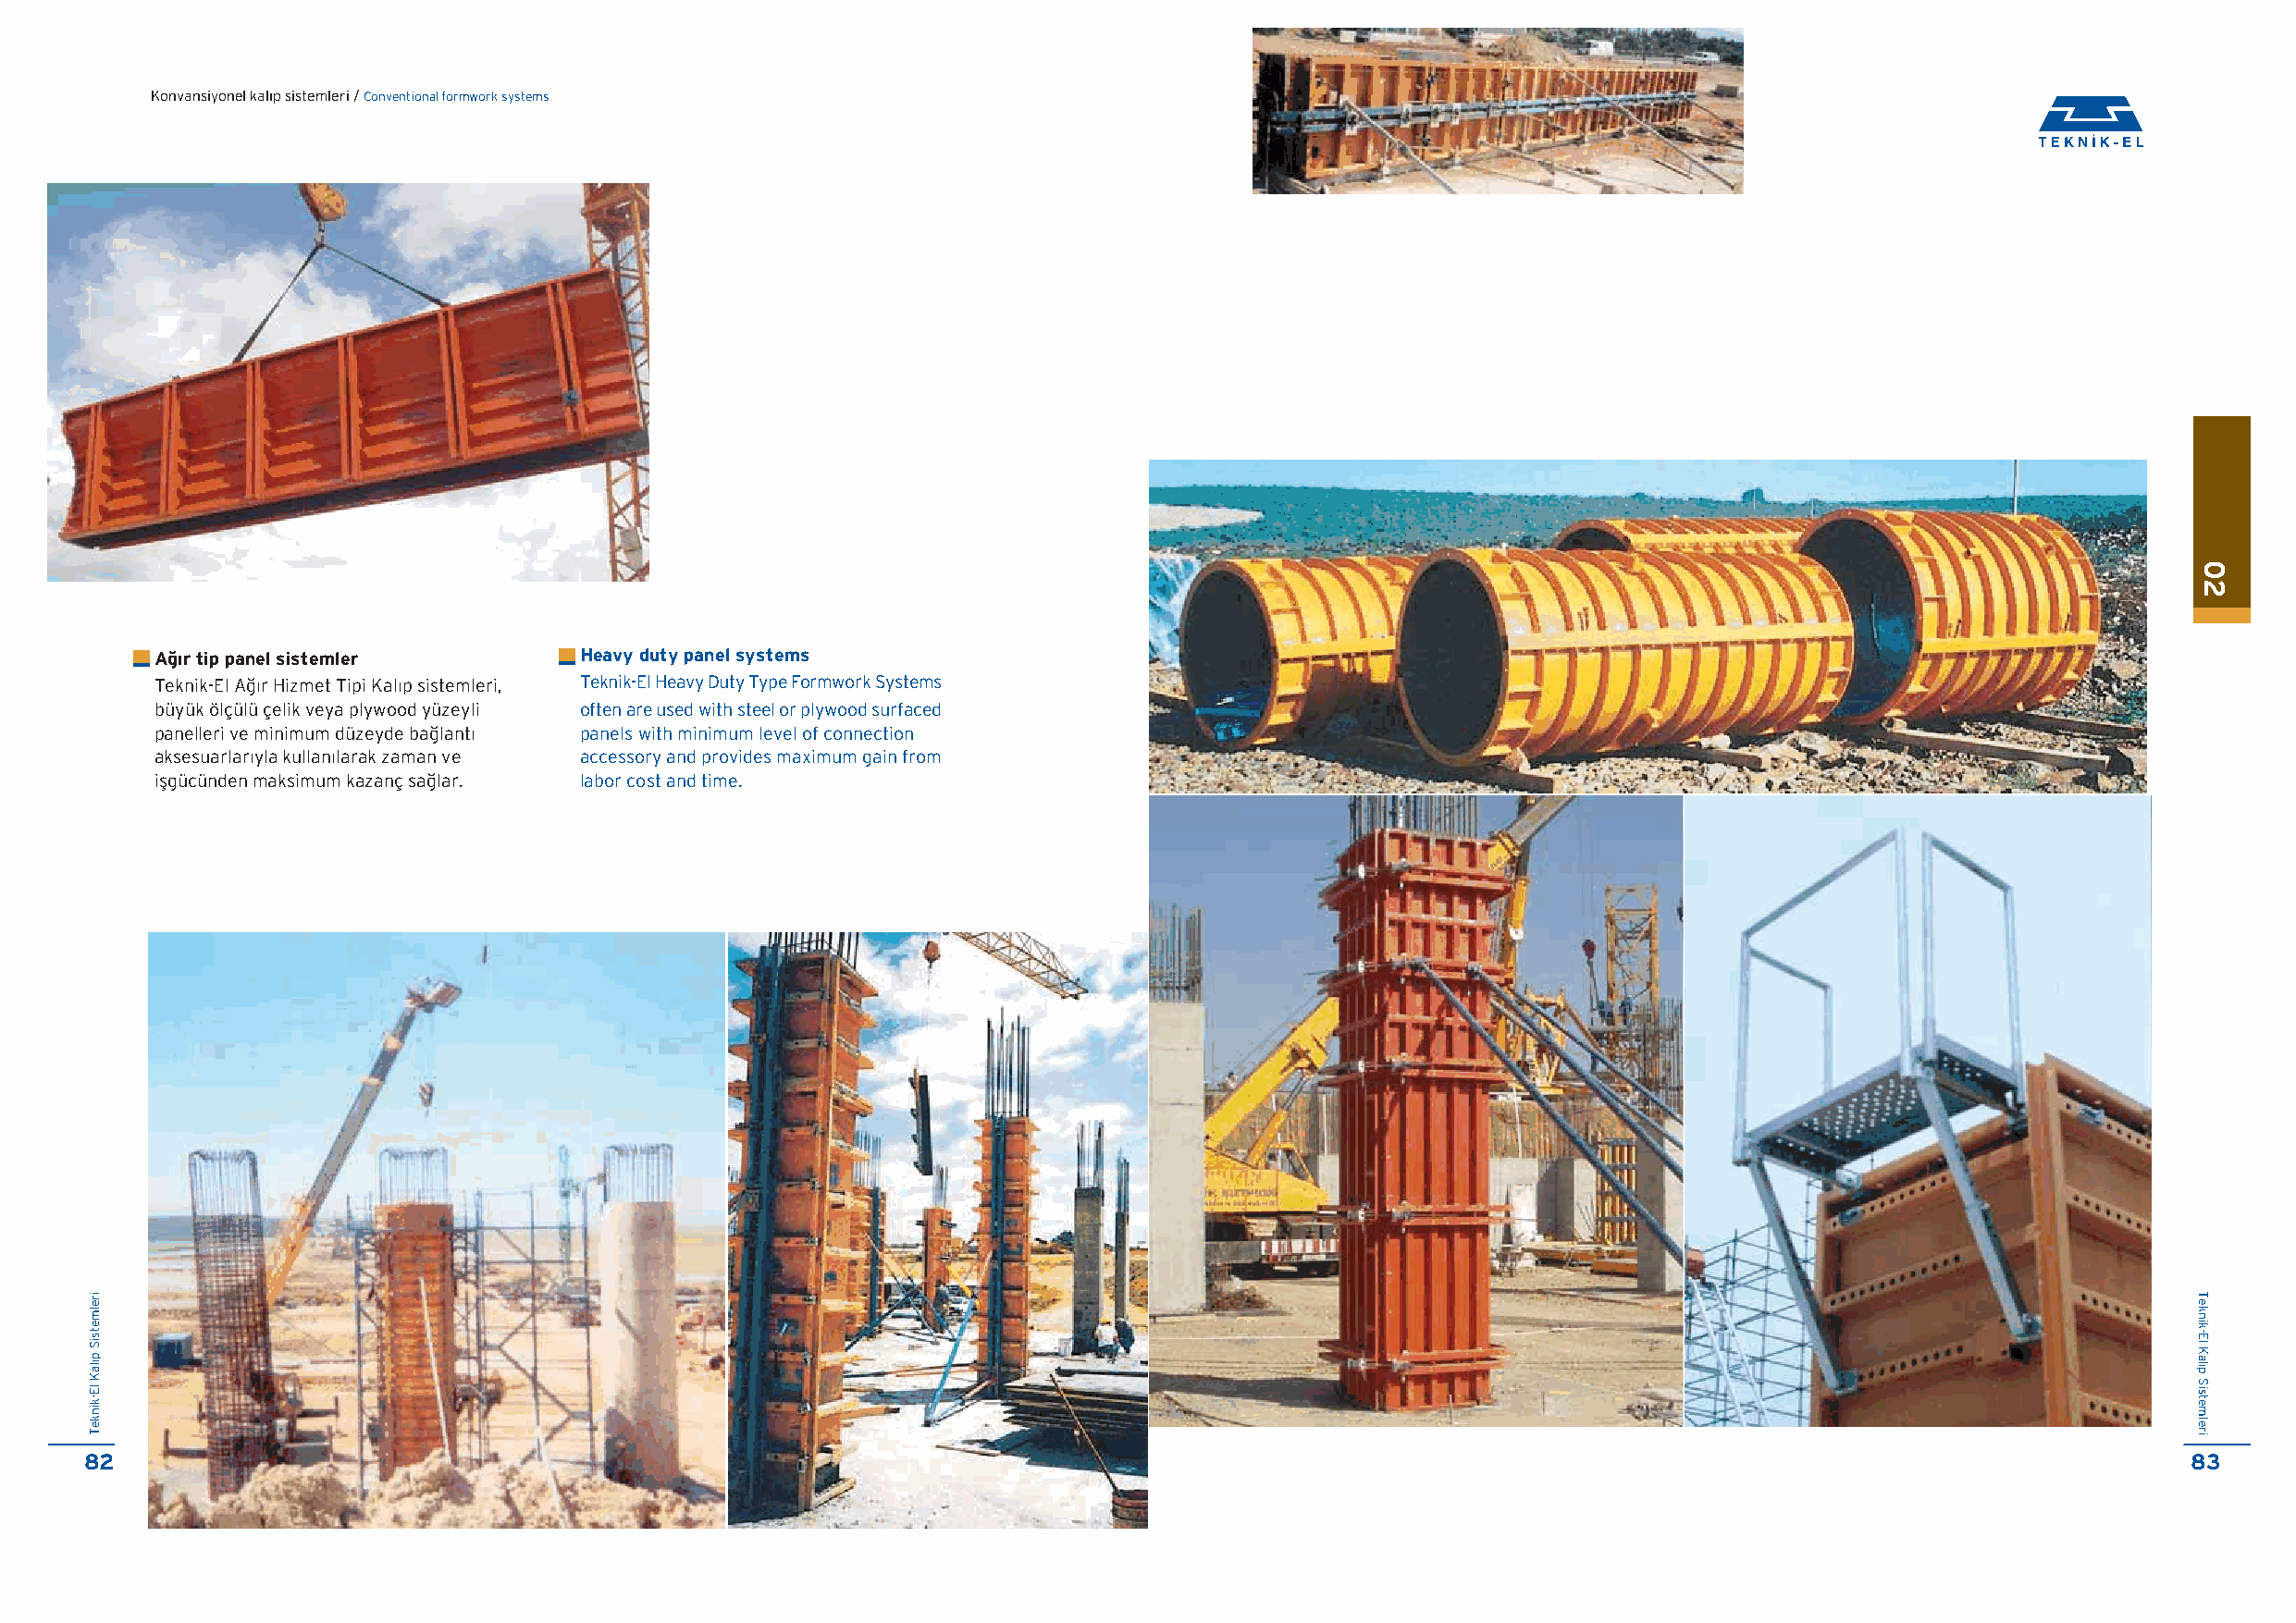
Konvansiyonel kal›p sistemleri / Conventional formwork systems
 A¤›r tip panel sistemler      Heavy duty panel systems
 Teknik-El A¤ır Hizmet Tipi Kalıp sistemleri, Teknik-El Heavy Duty Type Formwork Systems
 büyük ölçülü çelik veya plywood yüzeyli often are used with steel or plywood surfaced
 panelleri ve minimum düzeyde ba¤lantı panels with minimum level of connection
 aksesuarlarıyla kullanılarak zaman ve accessory and provides maximum gain from
 iflgücünden maksimum kazanç sa¤lar. labor cost and time.
 82                                                                                                                                                     83
 irelmetsiS
 p›laK
 lE-kinkeT
 02
 Teknik-El
 Kal›p
 Sistemleri